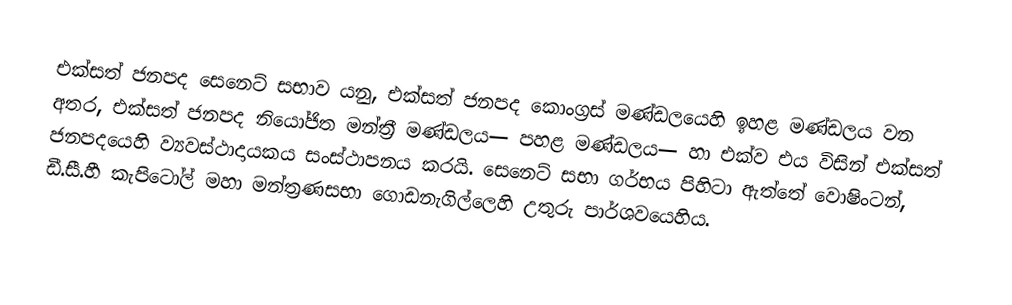
එක්සත් ජනපද සෙනෙට් සභාව යනු,   එක්සත් ජනපද කොංග‍්‍රස් මණ්ඩලයෙහි  ඉහළ මණ්ඩලය වන අතර, එක්සත් ජනපද නියෝජිත මන්ත්‍රී මණ්ඩලය— පහළ මණ්ඩලය— හා එක්ව එය විසින්  එක්සත් ජනපදයෙහි ව්‍යවස්ථාදායකය සංස්ථාපනය කරයි.  සෙනෙට් සභා ගර්භය පිහිටා ඇත්තේ  වොෂිංටන්, ඩී.සී.හී  කැපිටෝල් මහා මන්ත්‍රණසභා ගොඩනැගිල්ලෙහි උතුරු පාර්ශවයෙහිය.